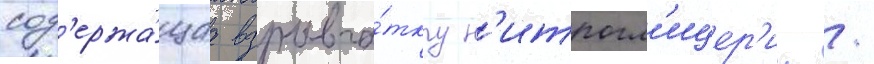
сод'ержа́щаа взрывча́тку н'итрогл'ицер'ин /